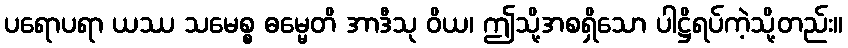
ပရောပရာ ယဿ သမေစ္စ ဓမ္မေတိ အာဒီသု ဝိယ၊ ဤသို့အစရှိသော ပါဋ္ဌိရပ်ကဲ့သို့တည်း။